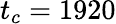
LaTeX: t_{c}=1920